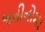
જનીનોમા